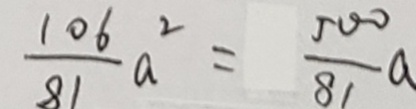
\frac { 1 0 6 } { 8 1 } a ^ { 2 } = \frac { 5 0 0 } { 8 1 } a